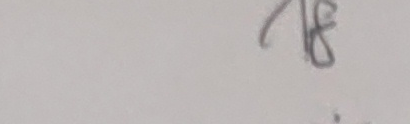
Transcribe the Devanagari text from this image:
ह